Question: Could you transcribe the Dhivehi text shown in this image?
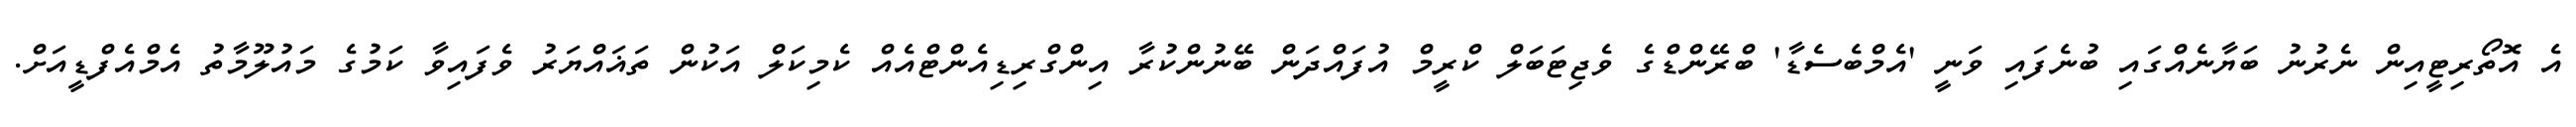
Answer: އެ އޮތޯރިޓީއިން ނެރުނު ބަޔާނެއްގައި ބުނެފައި ވަނީ 'އެމްބެސެޑާ' ބްރޭންޑްގެ ވެޖިޓަބަލް ކްރީމް އުފައްދަން ބޭނުންކުރާ އިންގްރިޑިއެންޓްއެއް ކެމިކަލް އަކުން ތަޣައްޔަރު ވެފައިވާ ކަމުގެ މައުލޫމާތު އެމްއެފްޑީއަށް.